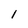
Character: 1